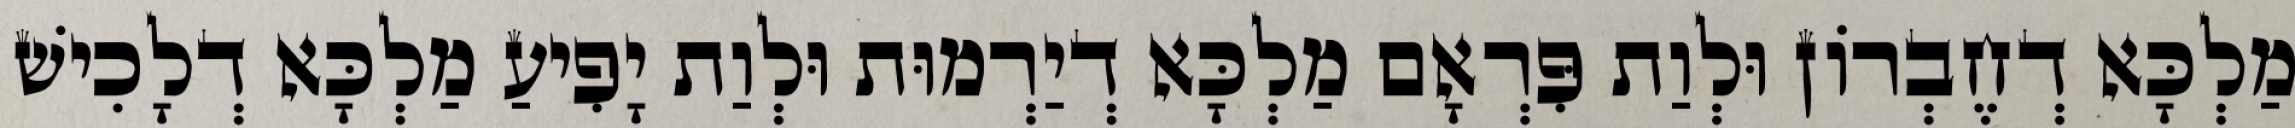
מַלְכָּא דְחֶבְרוֹן וּלְוַת פִּרְאָם מַלְכָּא דְיַרְמוּת וּלְוַת יָפִיעַ מַלְכָּא דְלָכִישׁ